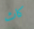
كاث